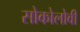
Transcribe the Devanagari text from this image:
सोकोलोवी